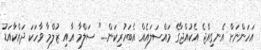
އަހަންނަށް އެނގިއްޖެ އެކުއްޖާގެ މައްސަލައެއް އެބަހުރިކަން...." ސަލްމާ އާއި ޒުލްމާ ވާހަކަ ދައްކާއަޑު